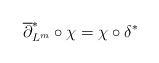
\begin{align*}\overline\partial_{L^m}^*\circ \chi=\chi\circ \delta^*\end{align*}